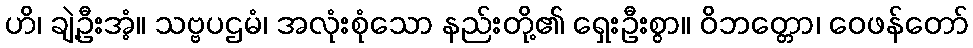
ဟိ၊ ချဲ့ဦးအံ့။ သဗ္ဗပဌမံ၊ အလုံးစုံသော နည်းတို့၏ ရှေးဦးစွာ။ ဝိဘတ္တော၊ ဝေဖန်တော်